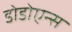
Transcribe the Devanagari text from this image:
डोडोएन्स